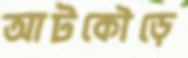
আটকৌড়ে